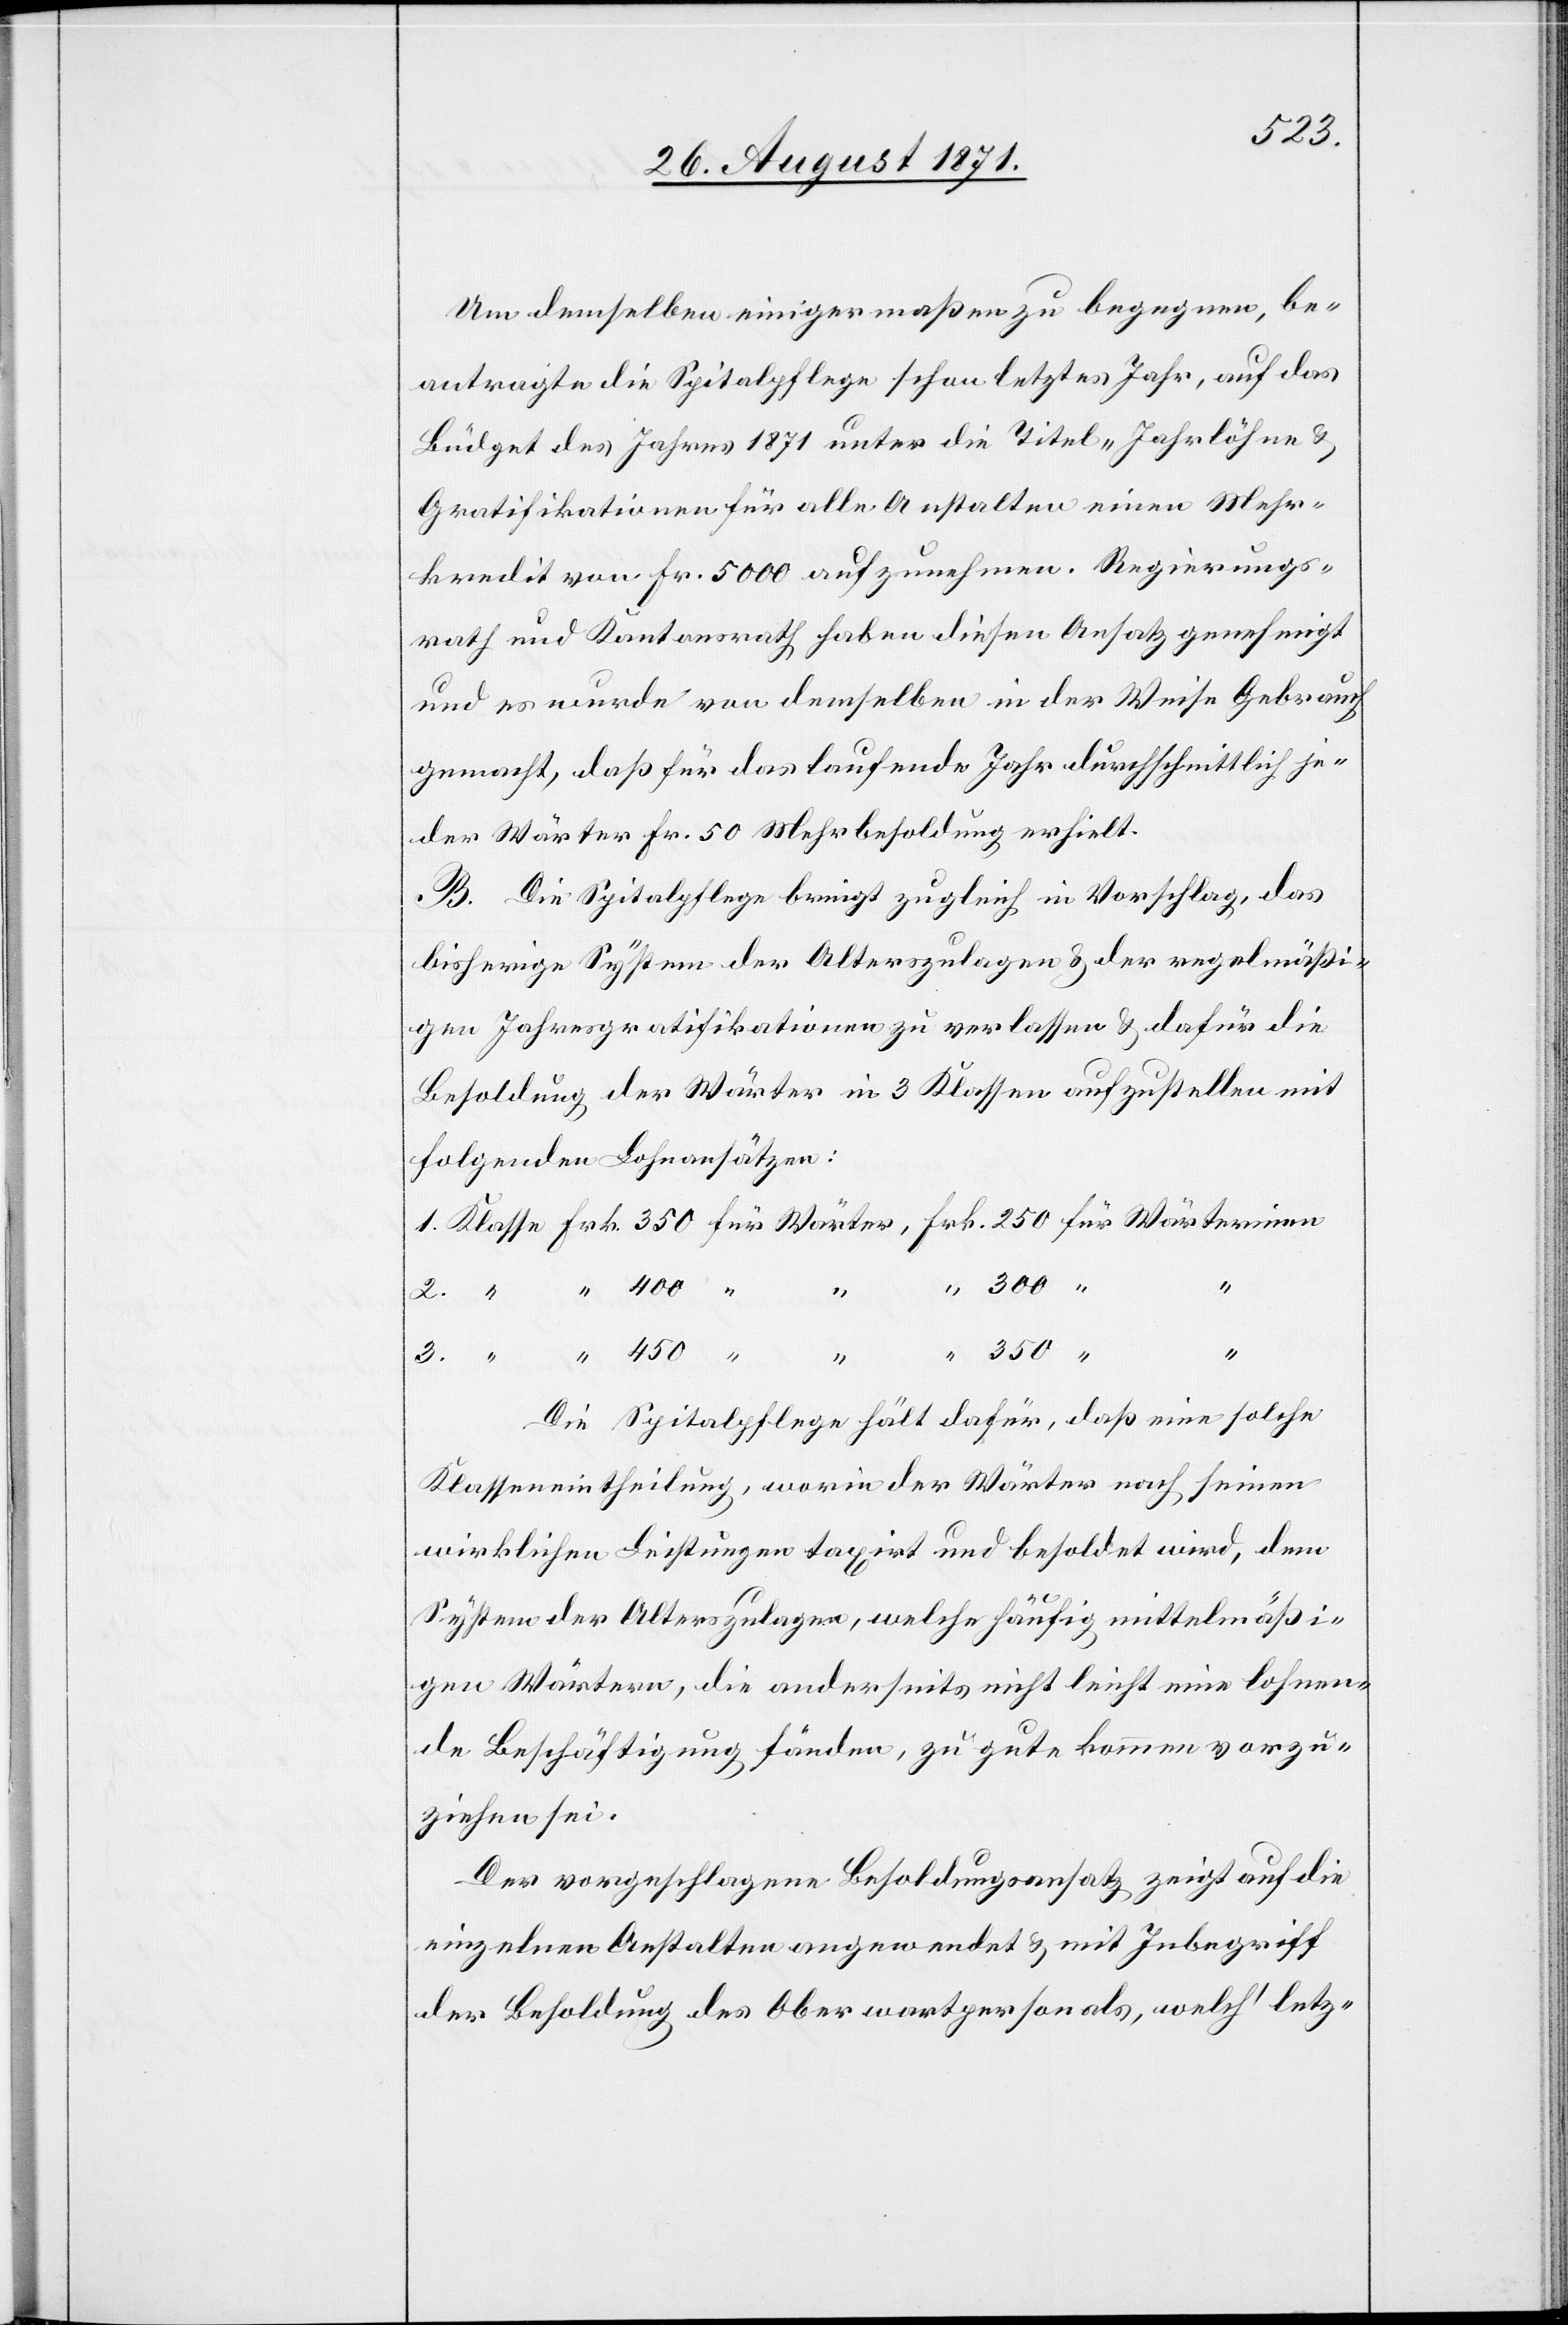
Um demselben einigermaßen zu begegnen, be¬
antragte die Spitalpflege schon letztes Jahr, auf das
Budget des Jahres 1871 unter die Titel „Jahrlöhne &
Gratifikationen für alle Anstalten“ einen Mehr¬
kredit von Fr. 5000 aufzunehmen. Regierungs¬
rath und Kantonsrath haben diesen Ansatz genehmigt
und es wurde von demselben in der Weise Gebrauch
gemacht, daß für das laufende Jahr durchschnittlich je¬
der Wärter Fr. 50 Mehrbesoldung erhielt.
B. Die Spitalpflege bringt zugleich in Vorschlag, das
bisherige System der Alterszulagen & der regelmäßi¬
gen Jahresgratifikationen zu verlassen & dafür die
Besoldung der Wärter in 3 Klassen aufzustellen mit
folgenden Lohnansätzen:
2.
Die Spitalpflege hält dafür, daß eine solche
Klasseneintheilung, worin der Wärter nach seiner
wirklichen Leistung taxirt und besoldet wird, dem
System der Alterszulagen, welche häufig mittelmäßi¬
gen Wärtern, die anderseits nicht leicht eine lohnen¬
de Beschäftigung fänden, zu gute kommen vorzu¬
ziehen sei.
Der vorgeschlagene Besoldungsansatz zeigt auf die
einzelnen Anstalten angewendet & mit Inbegriff
der Besoldung des Oberwartpersonals, welch’ letz-